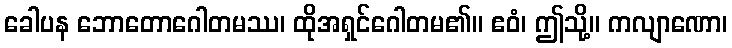
ခေါပန ဘောတောဂေါတမဿ၊ ထိုအရှင်ဂေါတမ၏။ ဧဝံ၊ ဤသို့။ ကလျာဏော၊